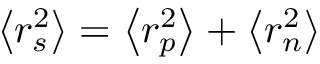
\left< r _ { s } ^ { 2 } \right> = \left< r _ { p } ^ { 2 } \right> + \left< r _ { n } ^ { 2 } \right>